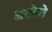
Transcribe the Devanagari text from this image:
अबोमे